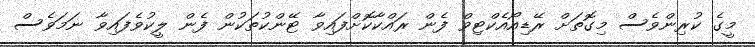
މީގެ ކުރިންވެސް މިގޮތަށް ރޭޑިއޯއެކްޓިވް ފެން ރައްކާކޮށްފައިވާ ޓޭންކުތަކުން ފެން ލީކުވެފައިވާ ނަމަވެސް